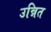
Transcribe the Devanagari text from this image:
उन्नित